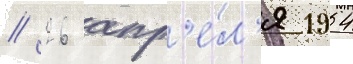
// 26 апр'е́л'я 1954